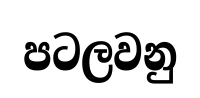
පටලවනු